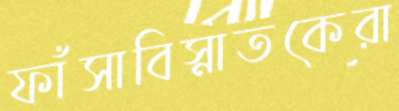
ফাঁসাবিস্নাতকেরা